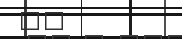
٤٦